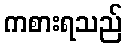
ကစားရသည်